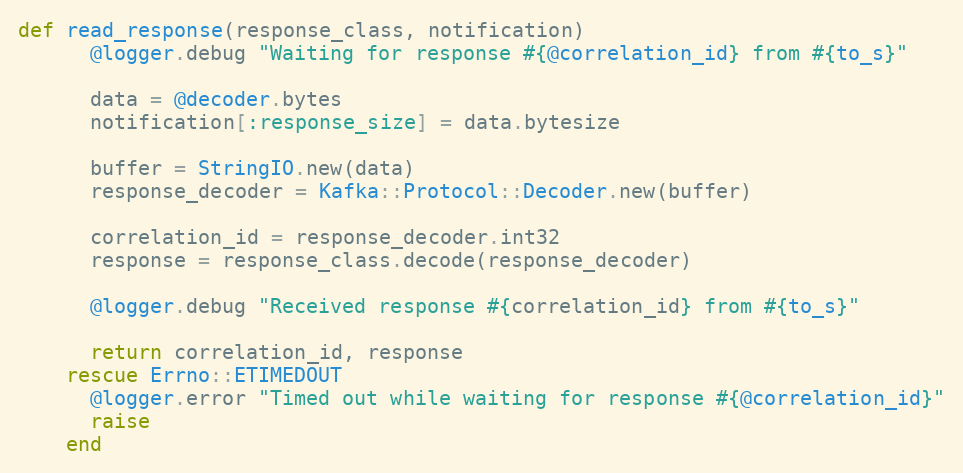
Language: Ruby
def read_response(response_class, notification)
      @logger.debug "Waiting for response #{@correlation_id} from #{to_s}"

      data = @decoder.bytes
      notification[:response_size] = data.bytesize

      buffer = StringIO.new(data)
      response_decoder = Kafka::Protocol::Decoder.new(buffer)

      correlation_id = response_decoder.int32
      response = response_class.decode(response_decoder)

      @logger.debug "Received response #{correlation_id} from #{to_s}"

      return correlation_id, response
    rescue Errno::ETIMEDOUT
      @logger.error "Timed out while waiting for response #{@correlation_id}"
      raise
    end